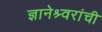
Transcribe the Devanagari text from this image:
ज्ञानेश्र्वरांची